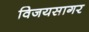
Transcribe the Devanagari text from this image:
विजयसागर